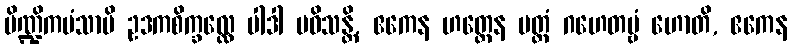
ပိဏ္ဍိကမံသာပိ ဥဒကစိက္ခလ္လေ ပါဒါ ပဝိသန္တိ, ဧကေန ဟတ္ထေန ပတ္တံ ဂဟေတဗ္ဗံ ဟောတိ, ဧကေန